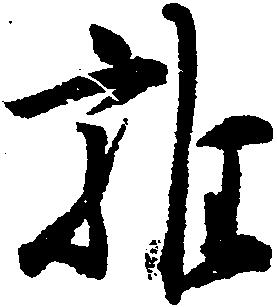
雑